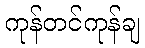
ကုန်တင်ကုန်ချ